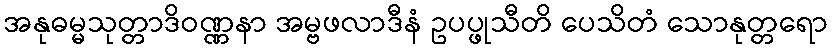
အနုဓမ္မသုတ္တာဒိဝဏ္ဏနာ အမ္ဗဖလာဒီနံ ဥပပ္ဖုသီတိ ပေသိတံ သောနုတ္တရော